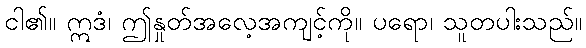
ငါ၏။ ဣဒံ၊ ဤနှုတ်အလေ့အကျင့်ကို။ ပရော၊ သူတပါးသည်။